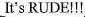
It's RUDE!!!